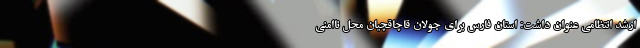
ارشد انتظامی عنوان داشت: استان فارس برای جولان قاچاقچیان محل ناامنی